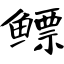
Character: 鳔